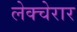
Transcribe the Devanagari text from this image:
लेक्चेरार